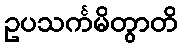
ဥပသင်္ကမိတွာတိ